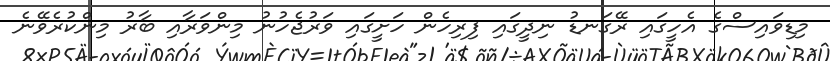
މިޑިވައިސްގެ އެހީގައި ރޭގަނޑު ނިދީގައި ފިރިހެން ހަށީގައި ވަރުޖެހުނު މިންވަރާއި ބާރު މިންކުރެވޭނެ